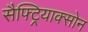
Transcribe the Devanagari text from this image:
सैफ्ट्रियाक्सोन